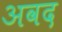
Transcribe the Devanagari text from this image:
अवद